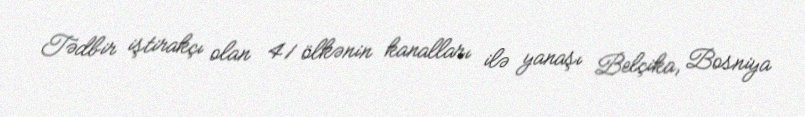
Tədbir iştirakçı olan 41 ölkənin kanalları ilə yanaşı Belçika, Bosniya